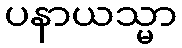
ပနာယသ္မာ